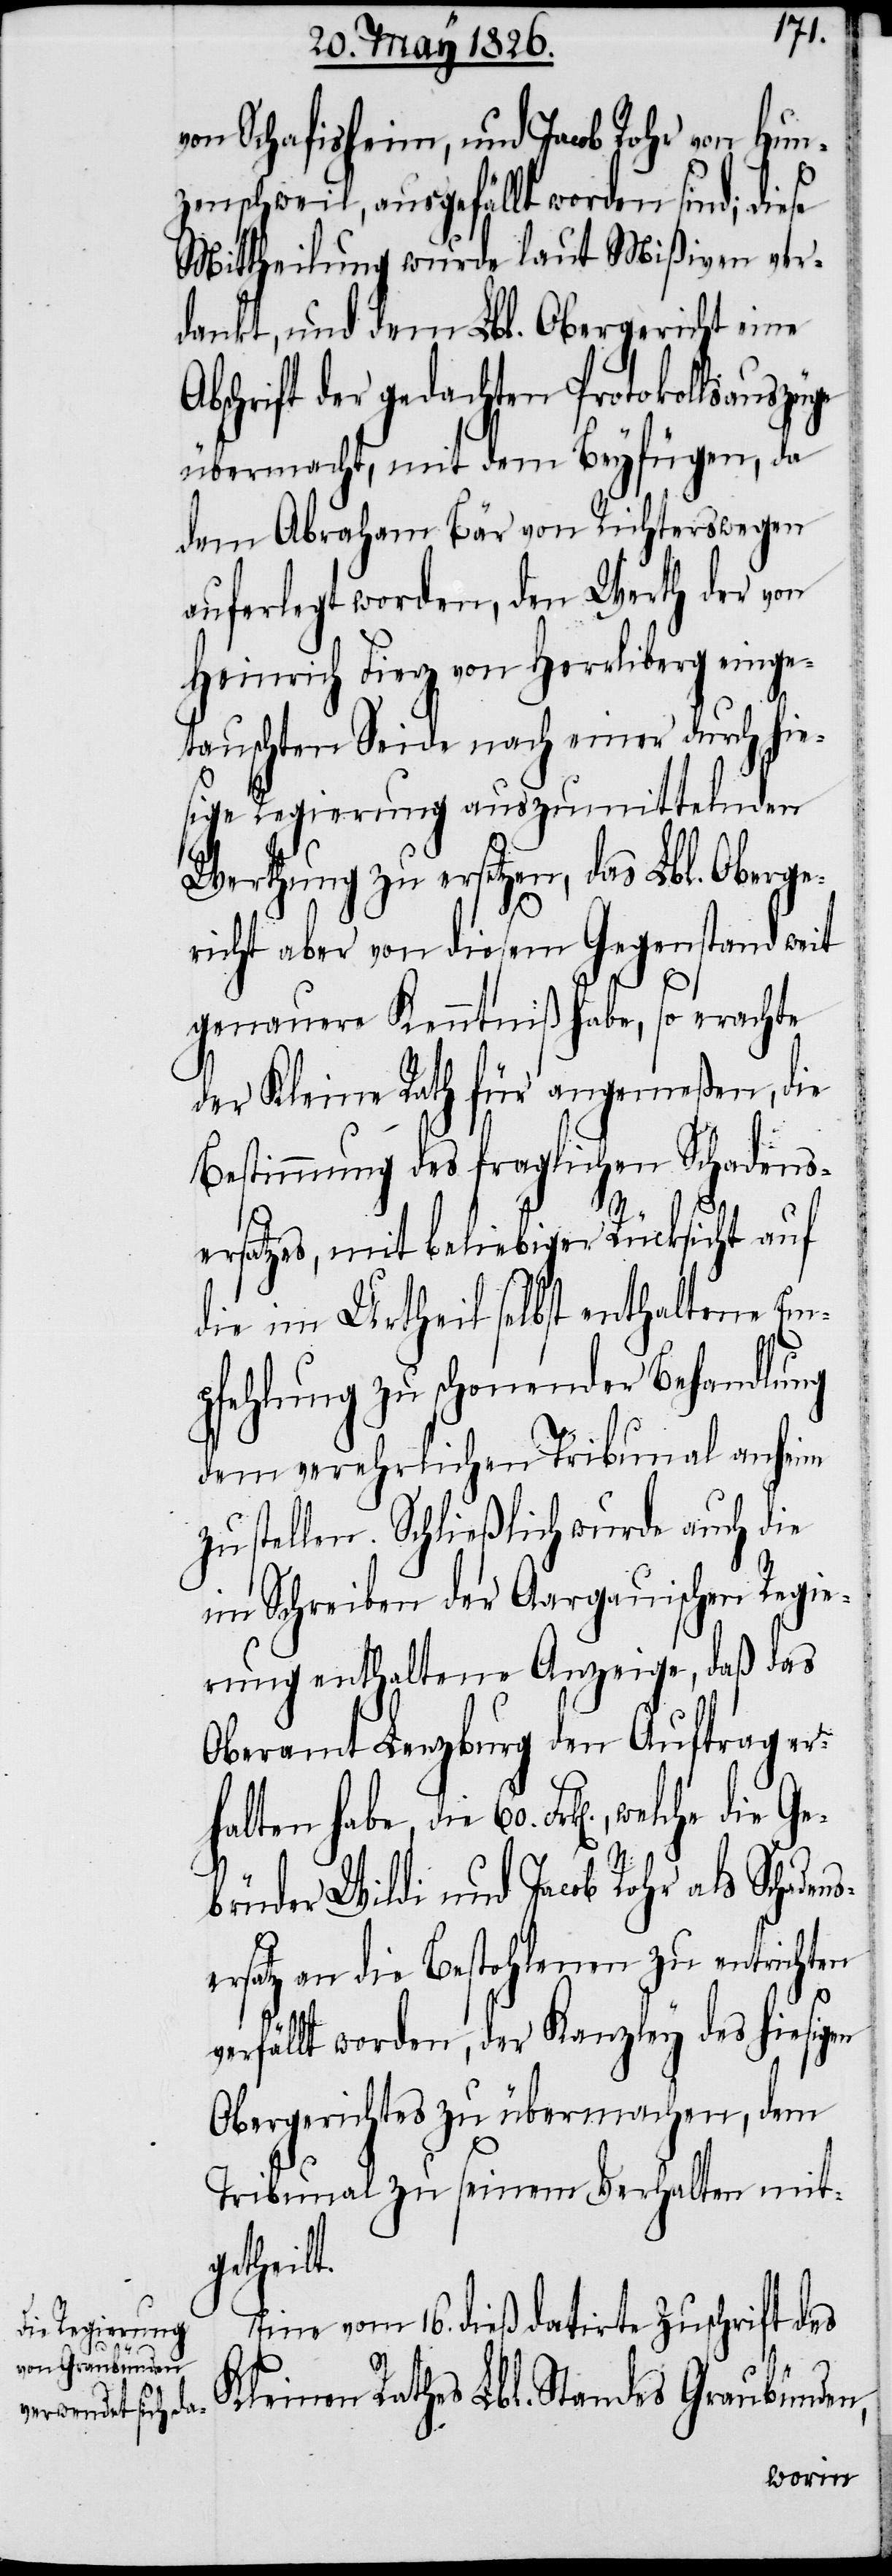
von Schafisheim, und Jacob Rohr von Hun¬
zenschweil, ausgefällt worden sind; diese
Mittheilung wurde laut Mißiven ver¬
dankt, und dem Lbl. Obergericht eine
bschrift der gedachten Protokollsauszüge
übermacht, mit dem Beyfügen, da
dem Abraham Bär von Richterswegen
auferlegt worden, den Werth der von
Heinrich Fierz von Herrliberg einge¬
tauschten Seide nach einer durch hie¬
sige Regierung auszumittelnden
Werthung zu ersetzen, das Lbl. Oberge¬
richt aber von diesem Gegenstand weit
genauere Kenntniß habe, so erachte
der Kleine Rath für angemeßen, die
Bestimmung des fraglichen Schadens¬
ersatzes, mit beliebiger Rücksicht auf
die im Urtheil selbst enthaltene Em¬
pfehlung zu schonender Behandlung
dem verehrlichen Tribunal anheim
zu stellen. Schließlich wurde auch die
im Schreiben der Aargauischen Regie¬
rung enthaltene Anzeige, daß das
Oberamt Lenzburg den Auftrag er¬
habe, die 60. Frk[en]., welche die Ge¬
brüder Wildi und Jacob Rohr als Schade¬
rsatz an die Bestohlenen zu entrichten
verfällt worden, der Kanzley des hiesigen
Obergerichtes zu übermachen, dem
Tribunal zu seinem Verhalten mit¬
getheilt.
Eine vom 16. dieß datirte Zuschrift des
halten
Kleinen Rathes Lbl. Standes Graubünden,

nse¬